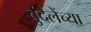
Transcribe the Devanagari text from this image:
बुंदेलेंच्या